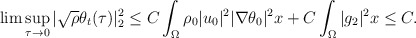
\begin{align*}\lim \sup_{\tau\rightarrow 0}|\sqrt{\rho}\theta_t(\tau)|^2_2 \leq C\int_{\Omega} \rho_0 |u_0|^2|\nabla \theta_0|^2x+C\int_{\Omega} |g_2|^2x\leq C.\end{align*}